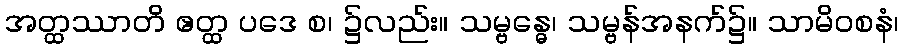
အတ္ထဿာတိ ဧတ္ထ ပဒေ စ၊ ၌လည်း။ သမ္ဗန္ဓေ၊ သမ္ဗန်အနက်၌။ သာမိဝစနံ၊